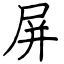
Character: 屏